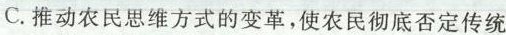
C.推动农民思维方式的变革，使农民彻底否定传统